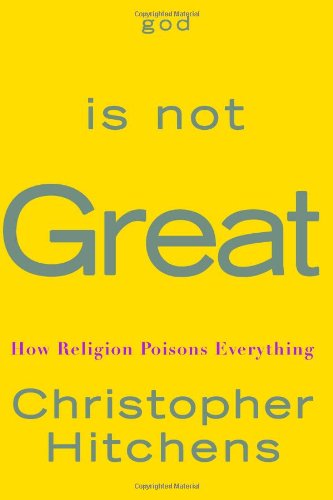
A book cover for God Is Not Great: How Religion Poisons Everything; Christopher Hitchens; Religion & Spirituality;